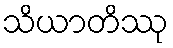
သိယာတိဿု